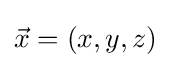
{\vec {x}}=(x,y,z)